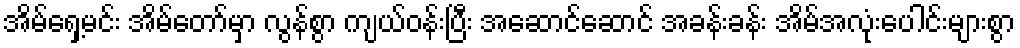
အိမ်ရှေ့မင်း အိမ်တော်မှာ လွန်စွာ ကျယ်ဝန်းပြီး အဆောင်ဆောင် အခန်းခန်း အိမ်အလုံးပေါင်းများစွာ